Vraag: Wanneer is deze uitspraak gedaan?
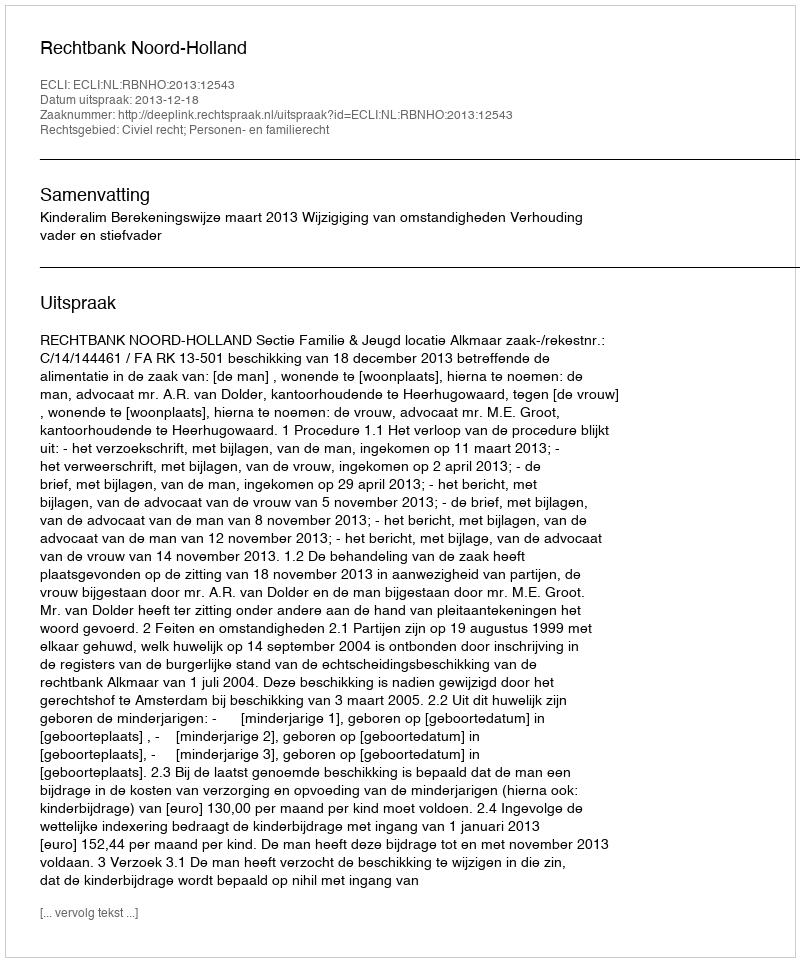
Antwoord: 2013-12-18